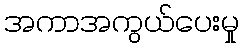
အကာအကွယ်ပေးမှု